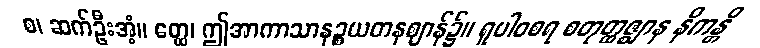
စ၊ ဆက်ဦးအံ့။ ဧတ္ထ၊ ဤအာကာသာနဉ္စယတနဈာန်၌။ ရူပါဝစရ စတုတ္ထဇ္ဈာန နိကန္တိ